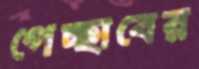
পেচ্ছাবের